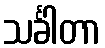
သင်္ခါတာ